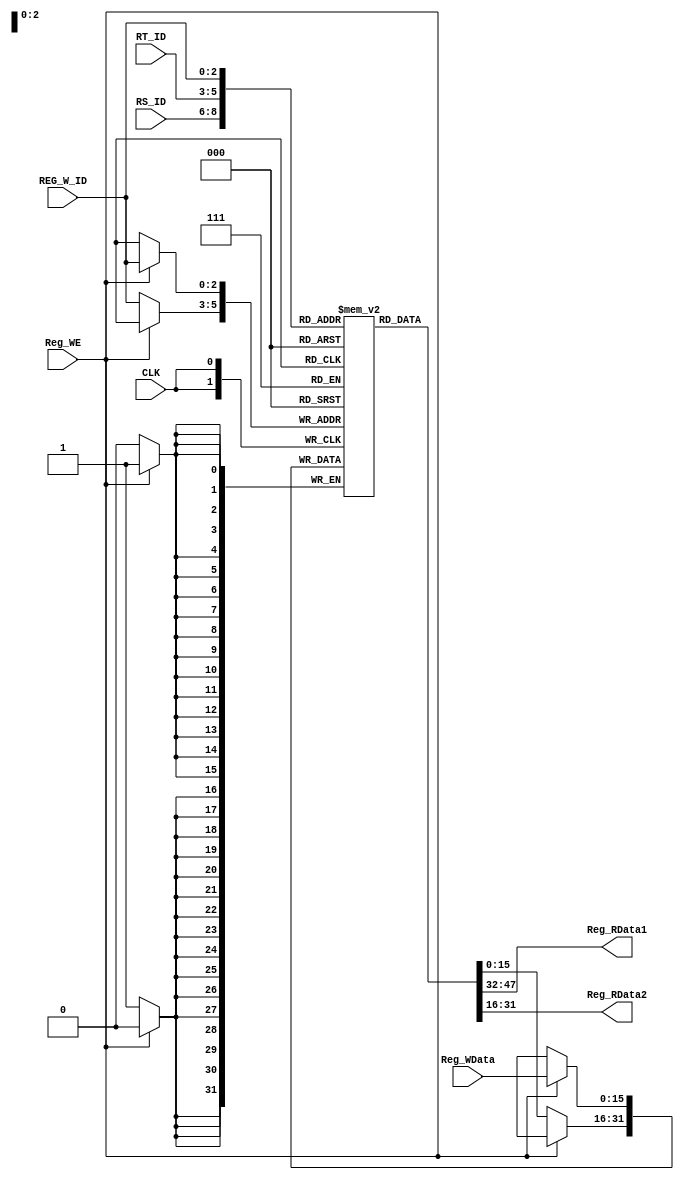
`timescale 1ns / 1ps

module Reg(CLK, RS_ID, RT_ID, REG_W_ID, Reg_WE, Reg_RData1, Reg_RData2, Reg_WData );
	input CLK ;
	input [2:0] RS_ID, RT_ID , REG_W_ID;
	input Reg_WE;
	input [15:0] Reg_WData;
	output [15:0] Reg_RData1;
	output [15:0] Reg_RData2;
	reg signed [15:0] Register [0:7];
	//reg [15:0] Reg_RData1,Reg_RData2;
	
	assign Reg_RData1 = Register[RS_ID];
	assign Reg_RData2 = Register[RT_ID];
	
	
	always@(posedge CLK) begin
		
		if( Reg_WE == 1 )
			Register[REG_W_ID] <= Reg_WData;
		else 
			Register[REG_W_ID] <= Register[REG_W_ID];
	end

endmodule